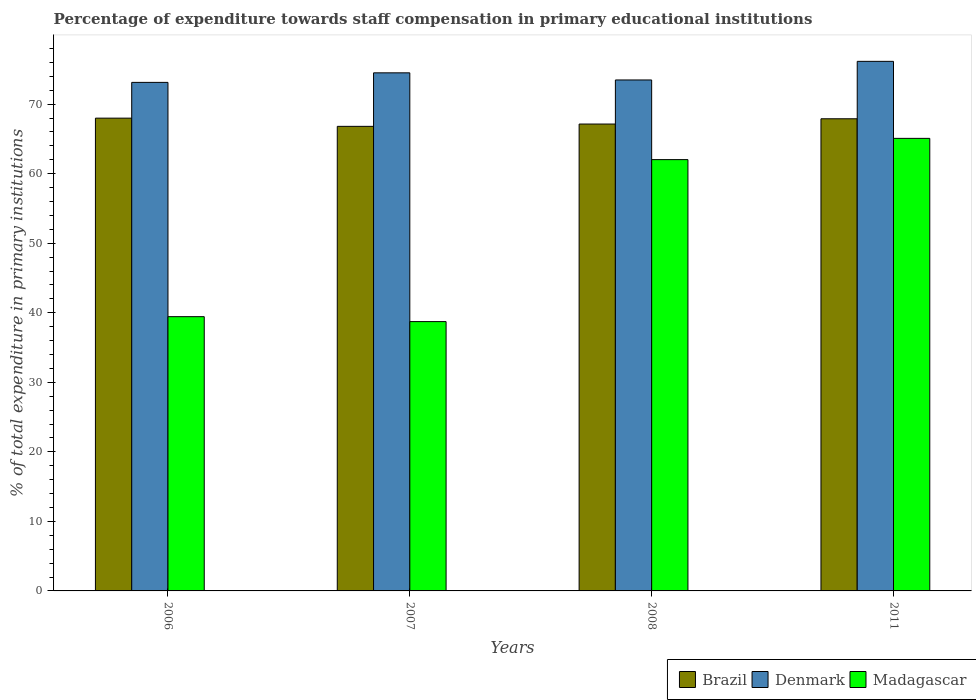
| Years | Brazil | Denmark | Madagascar |
 | --- | --- | --- | --- |
 | 2006 | 68 | 73.1 | 39.4 |
 | 2007 | 66.8 | 74.5 | 38.7 |
 | 2008 | 67.1 | 73.5 | 62 |
 | 2011 | 67.9 | 76.1 | 65.1 |